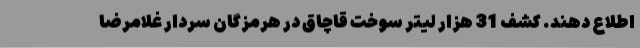
اطلاع دهند. کشف 31 هزار لیتر سوخت قاچاق در هرمزگان سردار غلامرضا